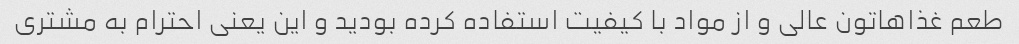
طعم غذاهاتون عالی و از مواد با کیفیت استفاده کرده بودید و این یعنی احترام به مشتری